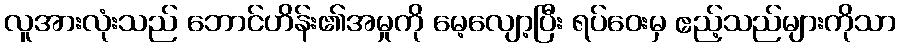
လူအားလုံးသည် ဘောင်ဟိန်း၏အမှုကို မေ့လျော့ပြီး ရပ်ဝေးမှ ဧည့်သည်များကိုသာ